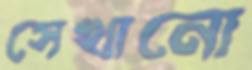
সেখানো